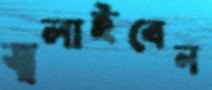
জ্বলাইবেন